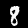
Digit: 8